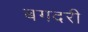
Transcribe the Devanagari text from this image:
बगदरी